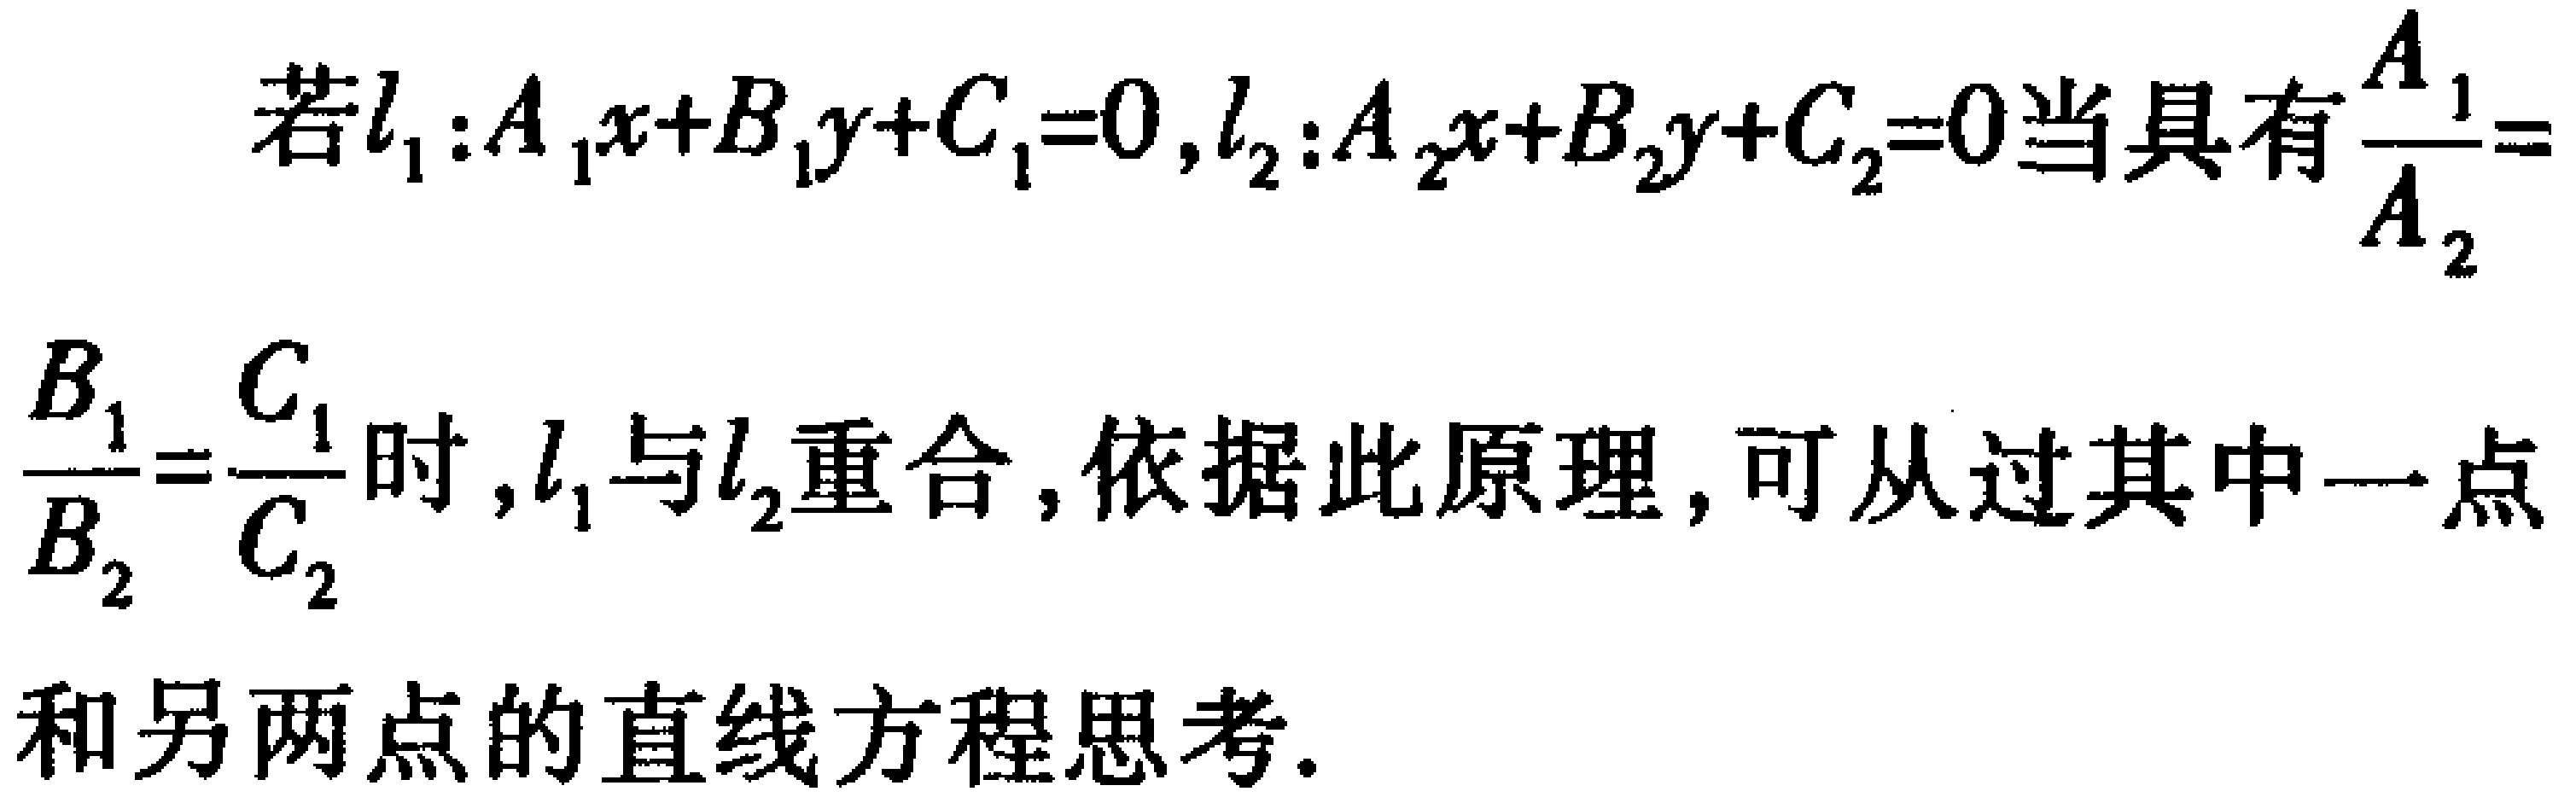
若\(l_1:A_1x + B_1y + C_1 = 0\)，\(l_2:A_2x + B_2y + C_2 = 0\)当具有\(\frac{A_1}{A_2}= \frac{B_1}{B_2}= \frac{C_1}{C_2}\)时，\(l_1\)与\(l_2\)重合，依据此原理，可从过其中一点和另两点的直线方程思考.